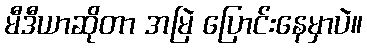
မီဒီယာဆိုတာ အမြဲ ပြောင်းနေမှာပဲ။